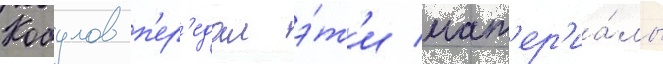
Кобулов п'ер'едал э́т'и мат'ер'иа́лы